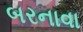
બરનાવા